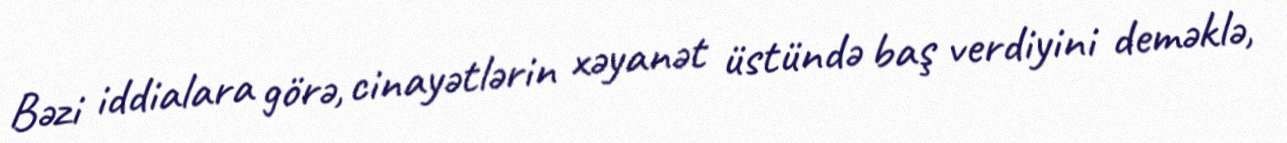
Bəzi iddialara görə, cinayətlərin xəyanət üstündə baş verdiyini deməklə,